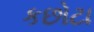
કછોટા